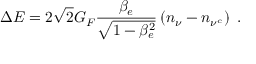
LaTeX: \Delta E = 2 \sqrt { 2 } G _ { F } \frac { \beta _ { e } } { \sqrt { 1 - \beta _ { e } ^ { 2 } } } \left( n _ { \nu } - n _ { \nu ^ { c } } \right) ~ .